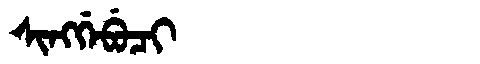
Manchu: ᠰᡳᠩᡤᡝᠪᡠᠴᡳ
Romanization: SINGGEBUCI